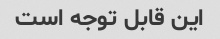
این قابل توجه است